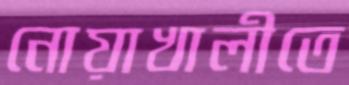
নোয়াখালীতে